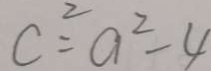
c ^ { 2 } = a ^ { 2 } - 4